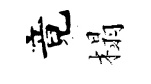
竟榻